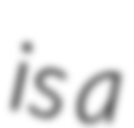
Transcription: is a